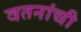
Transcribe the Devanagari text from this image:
वतनांची